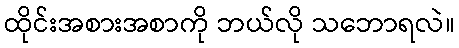
ထိုင်းအစားအစာကို ဘယ်လို သဘောရလဲ။